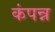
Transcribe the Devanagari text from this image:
कंपन्न